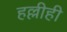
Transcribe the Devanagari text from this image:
हल्लीही